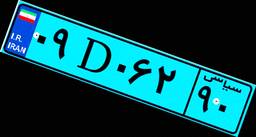
۰۹D۰۶۲۹۰